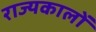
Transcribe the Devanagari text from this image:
राज्यकालों